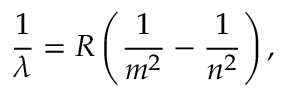
{ \frac { 1 } { \lambda } } = R \left( { \frac { 1 } { m ^ { 2 } } } - { \frac { 1 } { n ^ { 2 } } } \right) ,